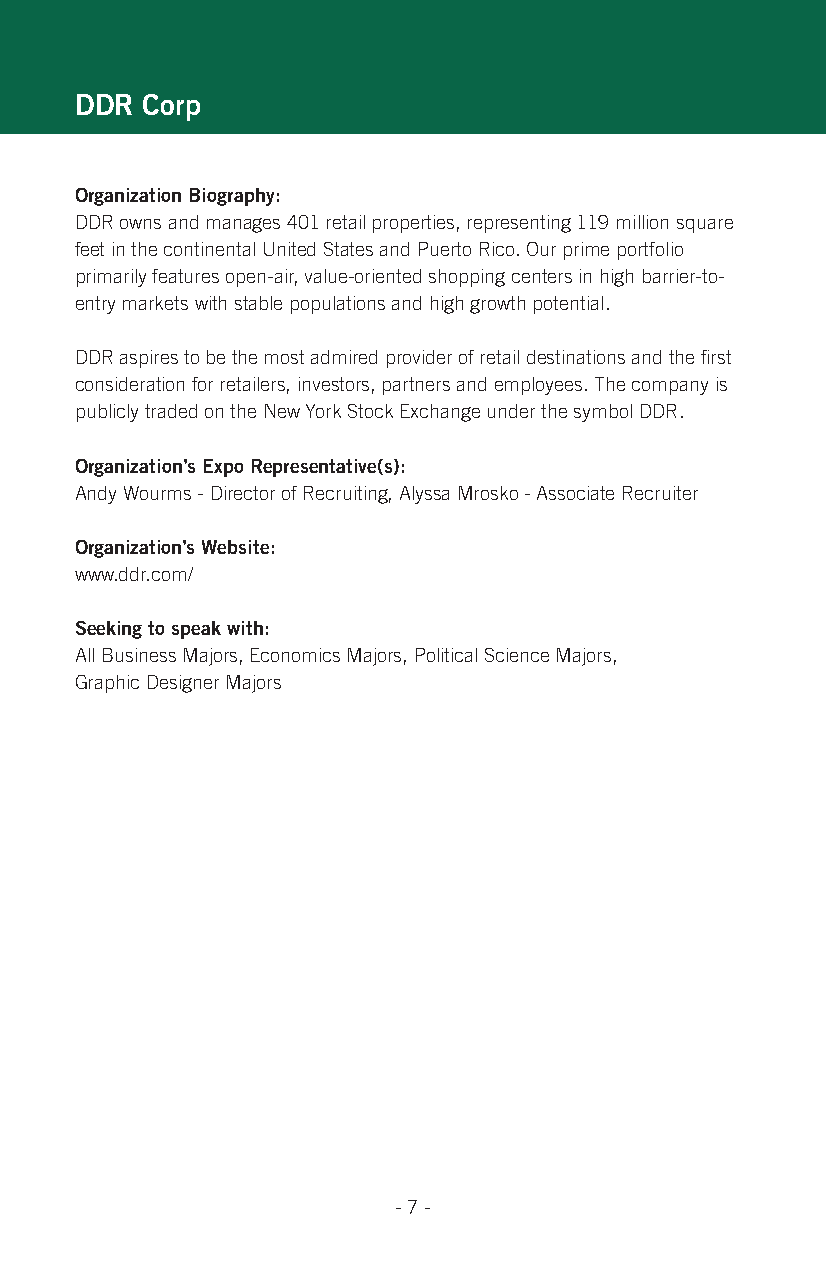
DDr Corp
 organization Biography:
 DDR owns and manages 401 retail properties, representing 119 million square
 feet in the continental United States and Puerto Rico. Our prime portfolio
 primarily features open-air, value-oriented shopping centers in high barrier-to-
 entry markets with stable populations and high growth potential.
 DDR aspires to be the most admired provider of retail destinations and the first
 consideration for retailers, investors, partners and employees. The company is
 publicly traded on the New York Stock Exchange under the symbol DDR.
 organization’s expo representative(s):
 Andy Wourms - Director of Recruiting, Alyssa Mrosko - Associate Recruiter
 organization’s Website:
 www.ddr.com/
 seeking to speak with:
 All Business Majors, Economics Majors, Political Science Majors,
 Graphic Designer Majors
 - 7 -